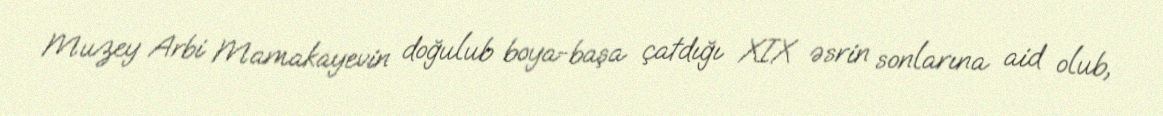
Muzey Arbi Mamakayevin doğulub boya-başa çatdığı XIX əsrin sonlarına aid olub,